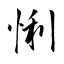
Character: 悧